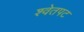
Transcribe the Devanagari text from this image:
श्वेतपट